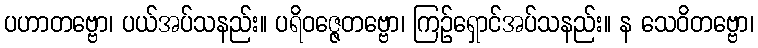
ပဟာတဗ္ဗော၊ ပယ်အပ်သနည်း။ ပရိဝဇ္ဇေတဗ္ဗော၊ ကြဉ်ရှောင်အပ်သနည်း။ န သေဝိတဗ္ဗော၊